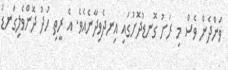
ވަންދެން ވެސް މި ރަށު ގޮނޑުދޮށުގައި އިނދެވިދާނެއެވެ. އެ ރީތި ހުދު ދޮންވެލިގަނޑު